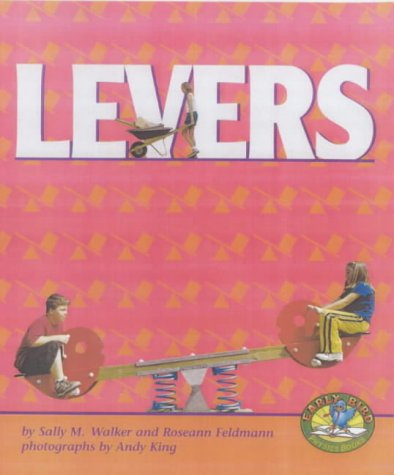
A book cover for Levers (Early Bird Physics Books); Sally M. Walker; Children's Books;